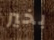
بخير